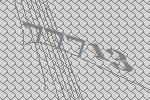
77713